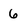
Character: 6